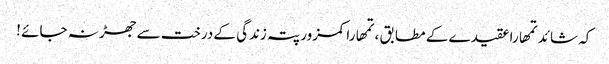
کہ شائد تمھارا عقیدے کے مطابق ، تمھارا کمزور پتہ زندگی کے درخت سے جھڑ نہ جائے !